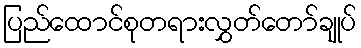
ပြည်ထောင်စုတရားလွှတ်တော်ချုပ်